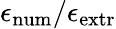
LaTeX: \epsilon_{\mathrm{{num}}}/\epsilon_{\mathrm{{extr}}}